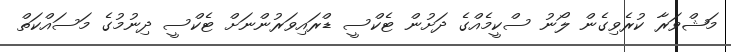
މަޝްވަރާ ކުރެވިގެން ލޯނު ސްކީމެއްގެ ދަށުން ޓެކްސީ ޑްރައިވަރުންނަށް ޓެކްސީ ދިނުމުގެ މަސައްކަތް